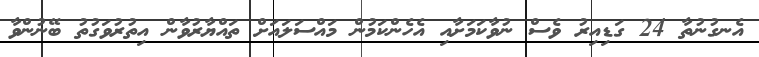
އެނގުނުތާ 24 ގަޑިއިރު ވެސް ނުވާކަމަށާއި އެހެންކަމުން މައްސަލައަށް ތައްޔާރުވާން އިތުރުވަގުތު ބޭނުންވާ